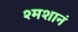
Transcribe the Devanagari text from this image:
श्मशानं